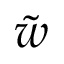
\tilde { w }